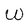
Character: W